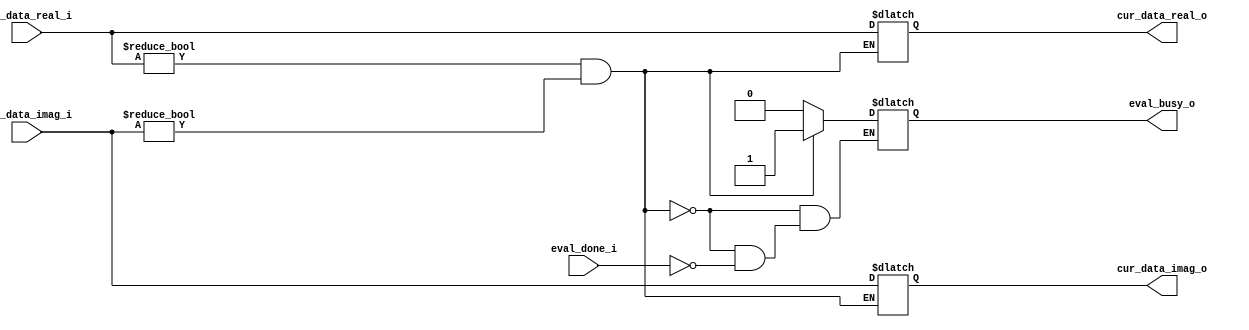
`timescale 1ns / 1ps

module controller_eval
	#(parameter pd = 12, parameter p = 22)(
	input wire [6*3+6*p-1:0] cur_data_real_i, cur_data_imag_i,
	input wire eval_done_i,
	output reg [6*3+6*p-1:0] cur_data_real_o, cur_data_imag_o,
	output wire eval_busy_o
	);
	
	reg eval_busy = 1'b0;
	reg ready = 1'b1;
	always @(cur_data_real_i, cur_data_imag_i, eval_done_i) begin
		if ((cur_data_real_i != {6*(3+p){1'b0}}) & (cur_data_imag_i != {6*(3+p){1'b0}})) begin
			cur_data_real_o = cur_data_real_i;
			cur_data_imag_o = cur_data_imag_i;
			eval_busy = 1'b1;
			ready = 1'b0;
		end else if (eval_done_i) begin
			eval_busy = 1'b0;
			ready = 1'b1;
		end
	end
	
	assign eval_busy_o = eval_busy;
	
endmodule